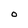
Character: O